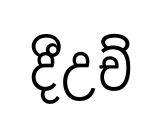
දීඋච්